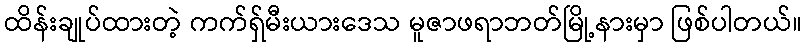
ထိန်းချုပ်ထားတဲ့ ကက်ရှ်မီးယားဒေသ မူဇာဖရာဘတ်မြို့နားမှာ ဖြစ်ပါတယ်။